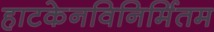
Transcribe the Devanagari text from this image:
हाटकेनविनिर्मितम